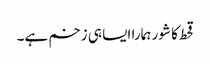
قحط کا شور ہمارا ایسا ہی زخم ہے۔